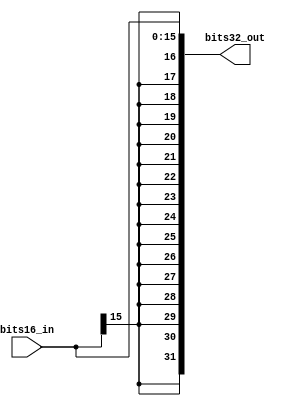
module Sign_Extension (
    bits16_in,
    bits32_out
);

  input [15:0] bits16_in;
  output wire [31:0] bits32_out;

  assign bits32_out = {{16{bits16_in[15]}}, bits16_in[15:0]};

endmodule